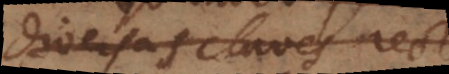
diversas claves recte